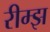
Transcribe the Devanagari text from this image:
रीम्झ